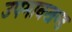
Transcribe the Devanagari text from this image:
उपमानखण्ड